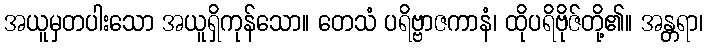
အယူမှတပါးသော အယူရှိကုန်သော။ တေသံ ပရိဗ္ဗာဇကာနံ၊ ထိုပရိဗိုဇ်တို့၏။ အန္တရာ၊